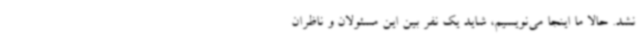
نشد. حالا ما اینجا می‌نویسیم، شاید یک نفر بین این مسئولان و ناظران